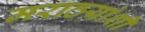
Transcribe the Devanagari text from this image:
मराठय़ांशी